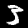
Digit: 3